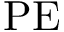
\mathrm { P E }